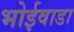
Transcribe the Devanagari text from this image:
भोईवाडा